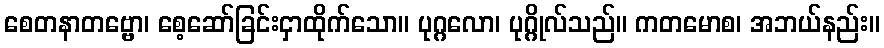
စေတနာတဗ္ဗော၊ စေ့ဆော်ခြင်းငှာထိုက်သော။ ပုဂ္ဂလော၊ ပုဂ္ဂိုလ်သည်။ ကတမောစ၊ အဘယ်နည်း။